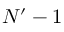
N ^ { \prime } - 1